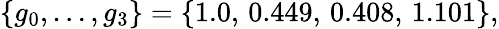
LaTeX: \left\{ g_{0},\dots,g_{3}\right\} =\left\{ 1.0,\, 0.449,\, 0.408,\, 1.101\right\} ,